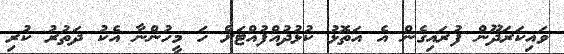
ވައިކަރަދޫން ފުރައިގެން އެ އަތޮޅު ކުޅުދުއްފުއްޓަށް ހަ މީހުންނާ އެކު ދަތުރު ކުރި